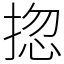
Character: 㧾